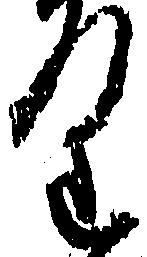
り